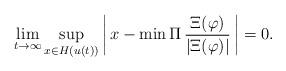
LaTeX: \begin{align*}\lim_{t\to\infty}\sup_{x\in H(u(t))}\left|\,x-\min\Pi\,\frac{\Xi(\varphi)}{|\Xi(\varphi)|}\,\right|=0.\end{align*}